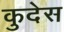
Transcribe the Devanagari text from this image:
कुदेस